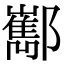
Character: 𨟎